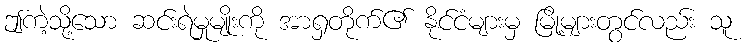
ဤကဲ့သို့သော ဆင်းရဲမှုမျိုးကို အာရှတိုက်၏ နိုင်ငံများမှ မြို့များတွင်လည်း သူ